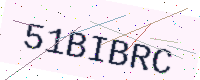
Text: 51BIBRC